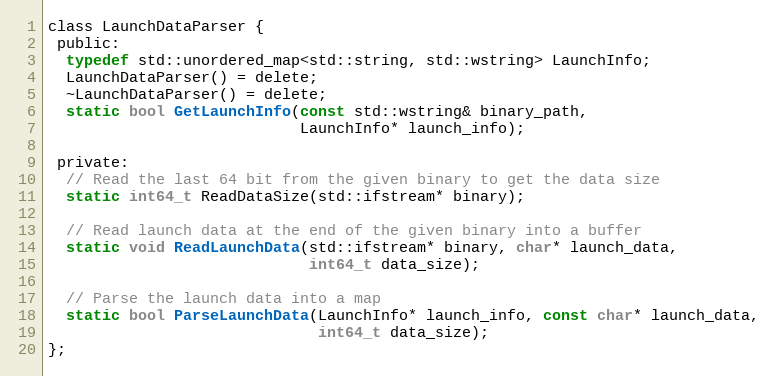
Language: C
class LaunchDataParser {
 public:
  typedef std::unordered_map<std::string, std::wstring> LaunchInfo;
  LaunchDataParser() = delete;
  ~LaunchDataParser() = delete;
  static bool GetLaunchInfo(const std::wstring& binary_path,
                            LaunchInfo* launch_info);

 private:
  // Read the last 64 bit from the given binary to get the data size
  static int64_t ReadDataSize(std::ifstream* binary);

  // Read launch data at the end of the given binary into a buffer
  static void ReadLaunchData(std::ifstream* binary, char* launch_data,
                             int64_t data_size);

  // Parse the launch data into a map
  static bool ParseLaunchData(LaunchInfo* launch_info, const char* launch_data,
                              int64_t data_size);
};